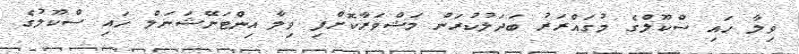
ވިލާ ހައި ސްކޫލްގެ މުގައްރަރު ބަދަލުކުރަން މަޝްވަރާކޮށްފި ވިލާ އިންޓަނޭޝަނަލް ހައި ސްކޫލުގެ